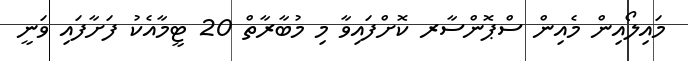
މައިލޯއިން މެއިން ސްޕޮންސާރ ކޮށްފައިވާ މި މުބާރާތް 20 ޓީމާއެކު ފަށާފައި ވަނީ